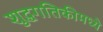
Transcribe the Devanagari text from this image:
शुद्धगतिकीमध्ये